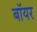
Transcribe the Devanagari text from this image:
बॉयर